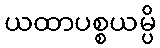
ယထာပစ္စယမ္ပိ